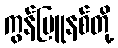
ကွန်မြူနစ်တို့